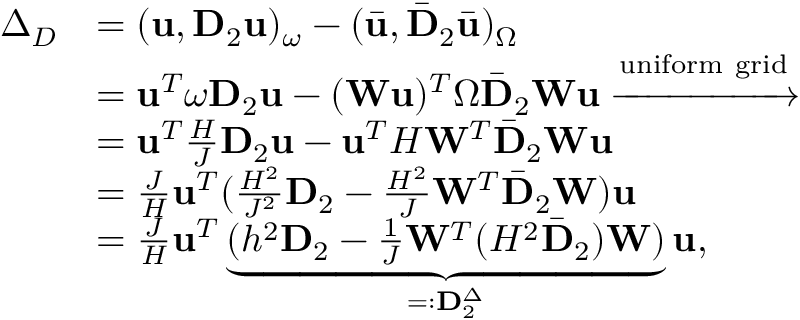
\begin{array} { r l } { \Delta _ { D } } & { = ( \mathbf { u } , \mathbf { D } _ { 2 } \mathbf { u } ) _ { \omega } - ( \bar { \mathbf { u } } , \bar { \mathbf { D } } _ { 2 } \bar { \mathbf { u } } ) _ { \Omega } } \\ & { = \mathbf { u } ^ { T } \boldsymbol { \omega } \mathbf { D } _ { 2 } \mathbf { u } - ( \mathbf { W } \mathbf { u } ) ^ { T } \boldsymbol { \Omega } \bar { \mathbf { D } } _ { 2 } \mathbf { W } \mathbf { u } \xrightarrow { \mathrm { u n i f o r m ~ g r i d } } } \\ & { = \mathbf { u } ^ { T } \frac { H } { J } \mathbf { D } _ { 2 } \mathbf { u } - \mathbf { u } ^ { T } H \mathbf { W } ^ { T } \bar { \mathbf { D } } _ { 2 } \mathbf { W } \mathbf { u } } \\ & { = \frac { J } { H } \mathbf { u } ^ { T } ( \frac { H ^ { 2 } } { J ^ { 2 } } \mathbf { D } _ { 2 } - \frac { H ^ { 2 } } { J } \mathbf { W } ^ { T } \bar { \mathbf { D } } _ { 2 } \mathbf { W } ) \mathbf { u } } \\ & { = \frac { J } { H } \mathbf { u } ^ { T } \underbrace { ( h ^ { 2 } \mathbf { D } _ { 2 } - \frac { 1 } { J } \mathbf { W } ^ { T } ( H ^ { 2 } \bar { \mathbf { D } } _ { 2 } ) \mathbf { W } ) } _ { = : \mathbf { D } _ { 2 } ^ { \Delta } } \mathbf { u } , } \end{array}